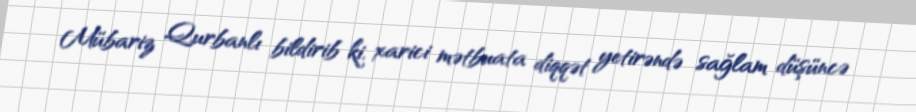
Mübariz Qurbanlı bildirib ki, xarici mətbuata diqqət yetirəndə sağlam düşüncə